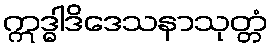
ဣဒ္ဓါဒိဒေသနာသုတ္တံ